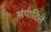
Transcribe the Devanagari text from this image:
संपादिलें